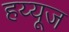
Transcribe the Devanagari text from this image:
हय्यूज